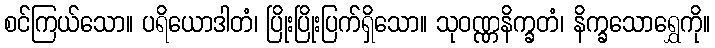
စင်ကြယ်သော။ ပရိယောဒါတံ၊ ပြိုးပြိုးပြက်ရှိသော။ သုဝဏ္ဏနိက္ခတံ၊ နိက္ခသောရွှေကို။